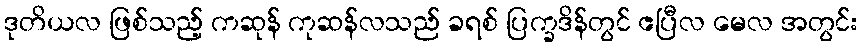
ဒုတိယလ ဖြစ်သည့် ကဆုန် ကုဆန်လသည် ခရစ် ပြက္ခဒိန်တွင် ဧပြီလ မေလ အတွင်း